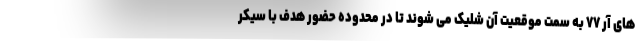
های آر ۷۷ به سمت موقعیت آن شلیک می شوند تا در محدوده حضور هدف با سیکر